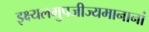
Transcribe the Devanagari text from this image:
इक्ष्यलमुपजीज्यमानानां